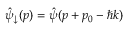
\hat { \psi } _ { \downarrow } ( p ) = \hat { \psi } ( p + p _ { 0 } - \hbar k )